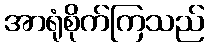
အာရုံစိုက်ကြသည်